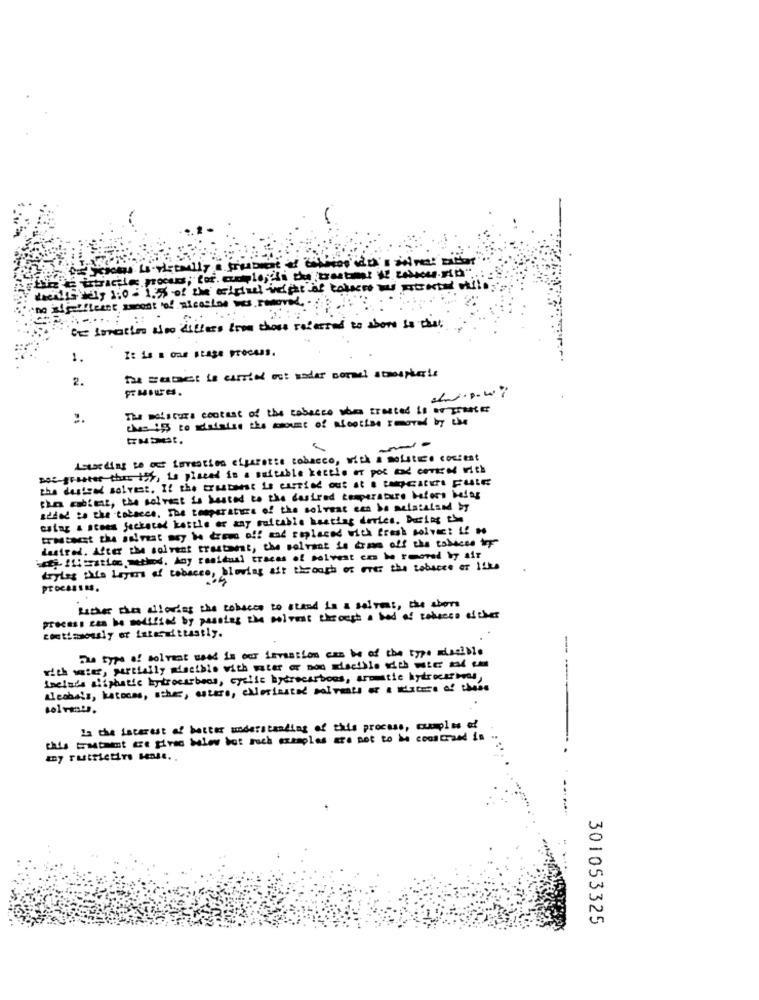
weilsteg 1:0 - 1.55 of the cluiuel weight of colors we strasted while
tre isatie also differs from those referred to abore Is that
I: 1s E ons stage process.
1.
the subet is carried out sider sorel stopheris
2.
The moisture content of the tobacco som created is or france
tus is to daisise the some of nicotine moved by the
-
Astarding to our Lovestien cigarette tobacco, with a solstie coscest
soc-gooster the 15%, is placed in a suitable kettle or por and corired with
the duizend solvant. If the trustest is carried out at & tcatet FulE
sza abient, the secret is tested to the desired temperature before belas
added to the tobacco. The temperature of the solvent can be meistaland by
estar a steen fectocad kostle or may ralcable heating devices. Dusing the
desired. After the solvent trastoest, the solvant is done off the tobeces top-
,- Ification method. Any residual traces of solvent con be removed by air
drylas this Layers of tobacco, blowing ait though of erer the tobacco er Ifks
ProcessM.
Licher the allorias the tobacco to stand in a salvar, the shore
process can be modified by passing the moivest through a bod af tehaces diohar
continously or intermittastiy.
The type of solvent need is our investion can be of the type miscible
-
spelade aliphatic hydrocarbons, celle hydrocarbons, aromatic hydrocarbons,
Alcohols, hatons, she, asters, chciusted calculs of a chance of these
is the interest of better understanding of this process, examples of
this trabant es piri bier hot ruch examples are not to be conserved in
301053325